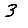
Digit: 3